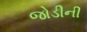
જોડીની